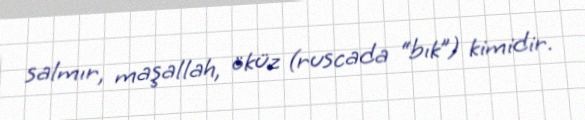
salmır, maşallah, öküz (ruscada “bık”) kimidir.